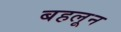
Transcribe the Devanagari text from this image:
बहलून